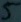
Text: 5